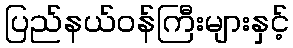
ပြည်နယ်ဝန်ကြီးများနှင့်